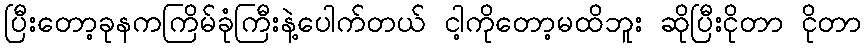
ပြီးတော့ခုနကကြိမ်ခုံကြီးနဲ့ပေါက်တယ် ငါ့ကိုတော့မထိဘူး ဆိုပြီးငိုတာ ငိုတာ